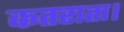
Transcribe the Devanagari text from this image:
कतराता।